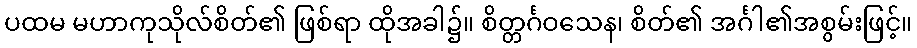
ပထမ မဟာကုသိုလ်စိတ်၏ ဖြစ်ရာ ထိုအခါ၌။ စိတ္တင်္ဂဝသေန၊ စိတ်၏ အင်္ဂါ၏အစွမ်းဖြင့်။